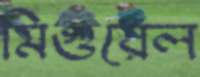
মিগুয়েল